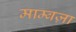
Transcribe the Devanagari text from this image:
माम्बज़ा